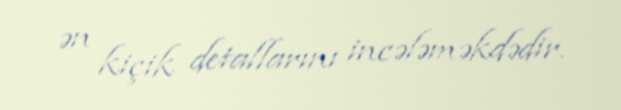
ən kiçik detallarını incələməkdədir.